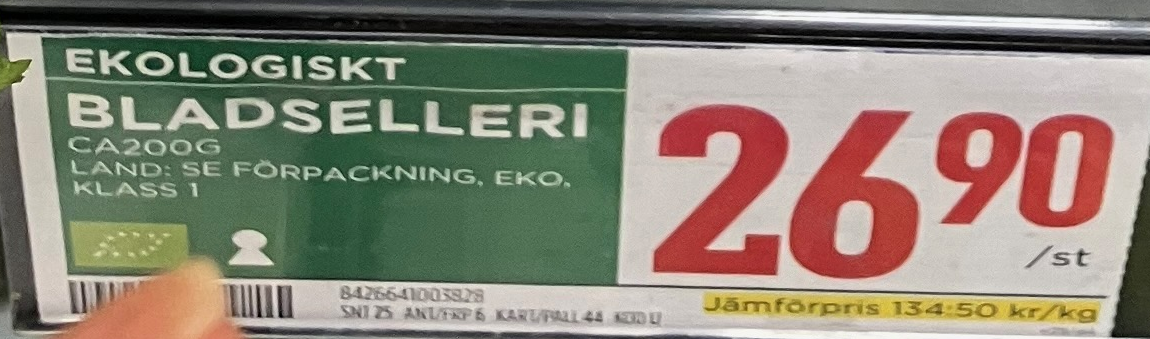
Vara: Bladselleri
Genomsnittspris: 134.5 per kg